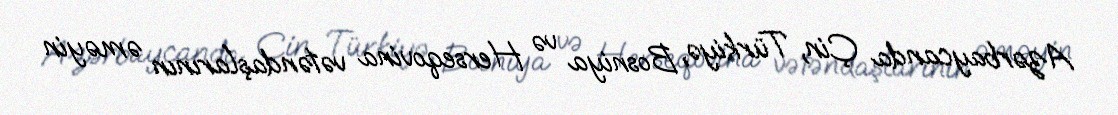
Azərbaycanda Çin, Türkiyə, Bosniya və Herseqovina vətəndaşlarının əməyin